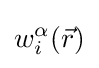
w_{i}^{\alpha }({\vec {r}})